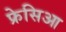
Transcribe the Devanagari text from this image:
फ्रेसिआ